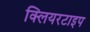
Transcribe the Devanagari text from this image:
क्लियरटाइप